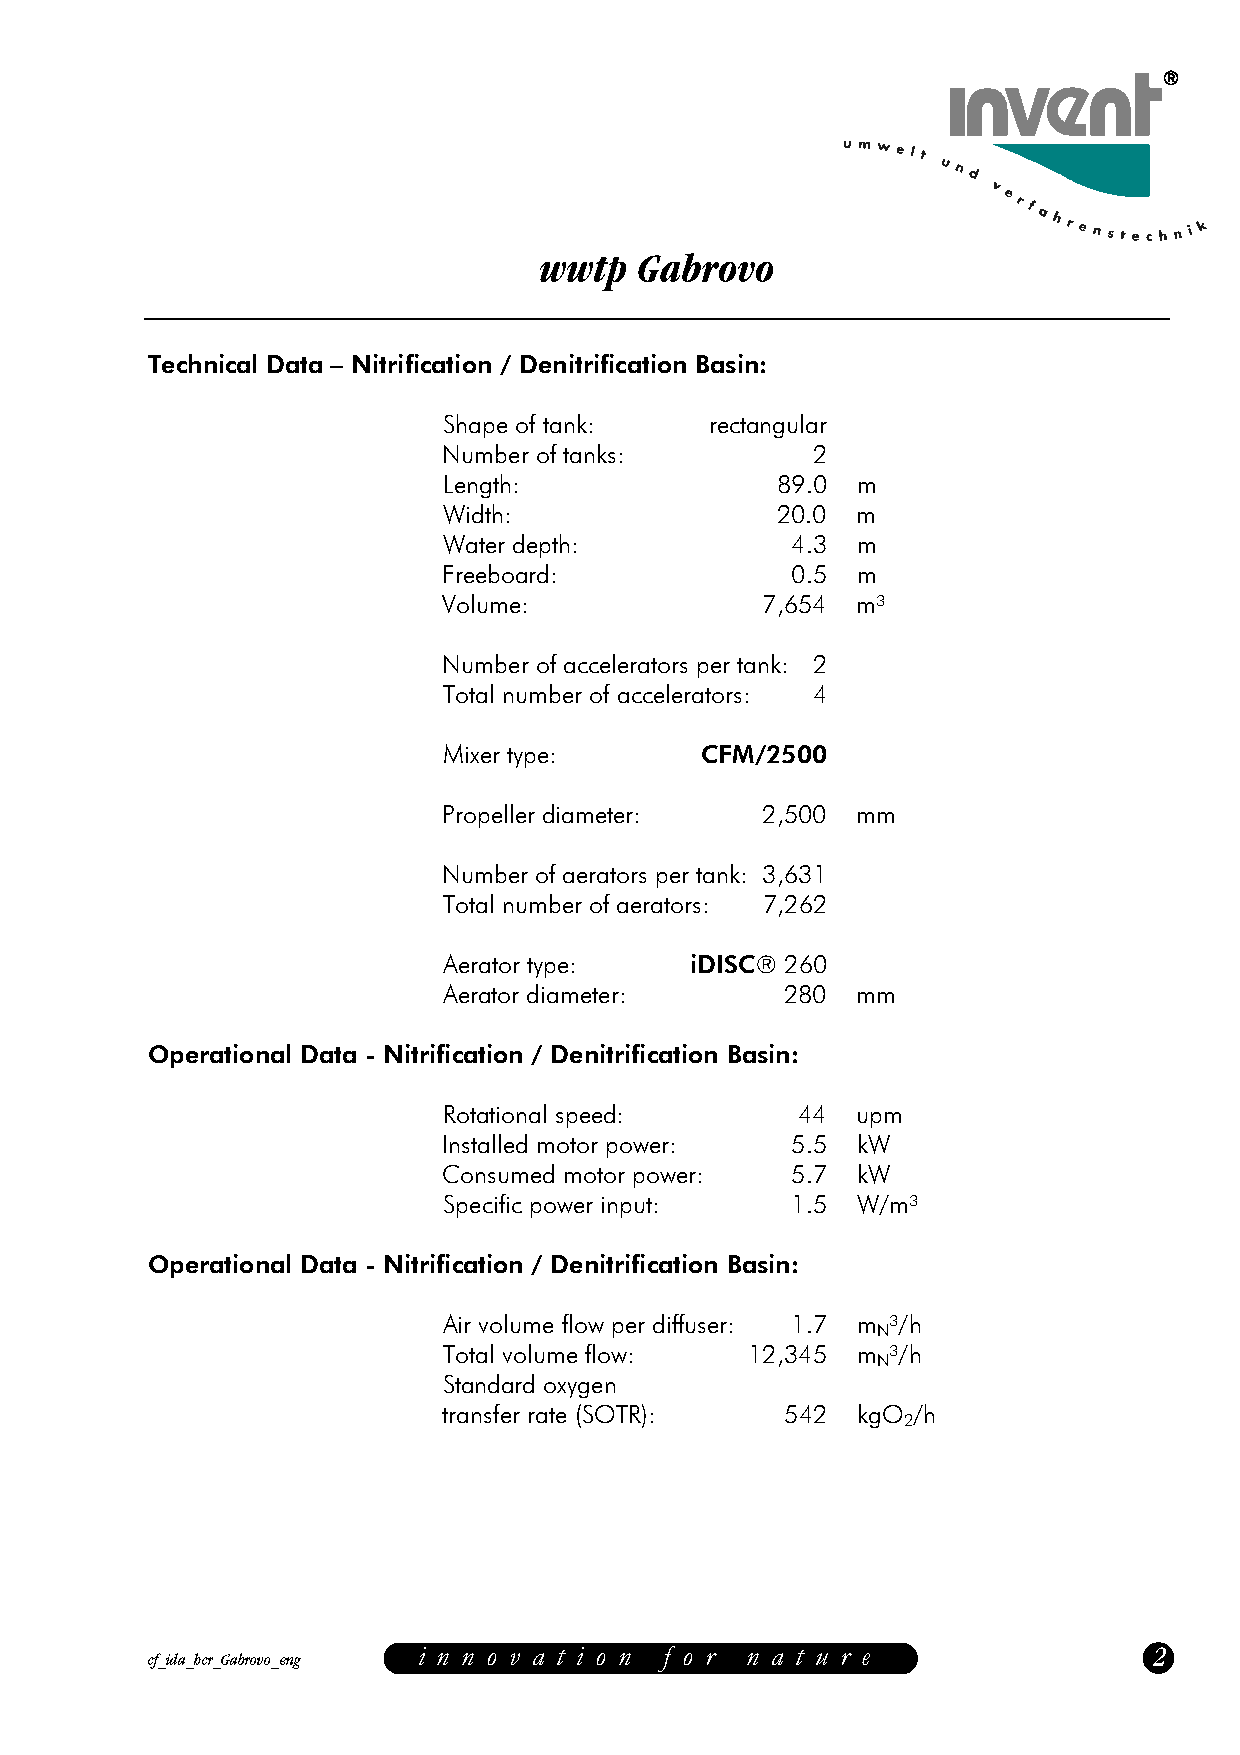
wwtp  Gabrovo
 Technical Data – Nitrification / Denitrification Basin:
 Shape of tank:    rectangular
 Number of tanks:         2
 Length:               89.0  m
 Width:                20.0  m
 Water depth:           4.3  m
 Freeboard:             0.5  m
 Volume:              7,654  m³
 Number of accelerators per tank: 2
 Total number of accelerators: 4
 Mixer type:      CFM/2500
 Propeller diameter:  2,500  mm
 Number of aerators per tank: 3,631
 Total number of aerators: 7,262
 Aerator type:    iDISC® 260
 Aerator diameter:      280  mm
 Operational Data - Nitrification / Denitrification Basin:
 Rotational speed:       44  upm
 Installed motor power: 5.5  kW
 Consumed motor power:  5.7  kW
 Specific power input:  1.5  W/m³
 Operational Data - Nitrification / Denitrification Basin:
 Air volume flow per diffuser: 1.7 m ³/h
 N
 Total volume flow:   12,345 m ³/h
 N
 Standard oxygen
 transfer rate (SOTR):  542  kgO /h
 2
 i n n o v a t i o n f o r n a t u r e           2
 cf_ida_hcr_Gabrovo_eng